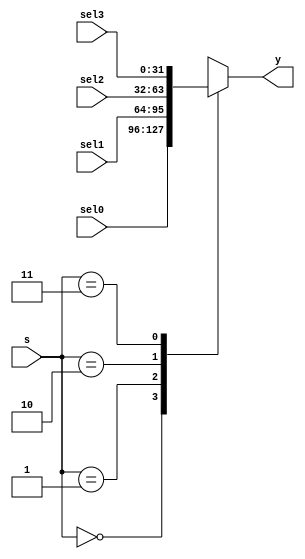
`timescale 1ns / 1ps
//////////////////////////////////////////////////////////////////////////////////
// Company: 
// Engineer: 
// 
// Design Name: 
// Module Name: MUX4
// Project Name: 
// Target Devices: 
// Tool Versions: 
// Description: 
// 
// Dependencies: 
// 
// Revision:
// Revision 0.01 - File Created
// Additional Comments:
// 
//////////////////////////////////////////////////////////////////////////////////


module MUX4 #(parameter MSB = 31, LSB = 0)(
    input [MSB: LSB] sel3, sel2, sel1, sel0,
    input [1:0] s,
    output reg [MSB: LSB] y
    );
    always@(*) begin
        case(s)
            2'b00: y = sel0;
            2'b01: y = sel1;
            2'b10: y = sel2;
            2'b11: y = sel3;
        endcase
    end
endmodule